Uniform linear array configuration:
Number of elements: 4
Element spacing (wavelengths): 0.5
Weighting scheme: uniform
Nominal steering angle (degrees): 60
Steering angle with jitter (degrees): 61.477
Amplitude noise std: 0.05
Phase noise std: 0.05

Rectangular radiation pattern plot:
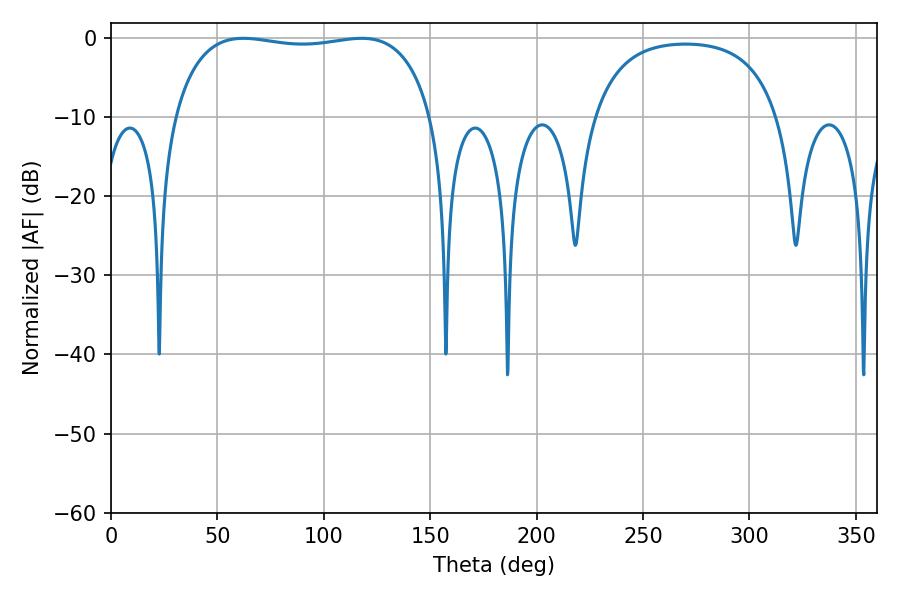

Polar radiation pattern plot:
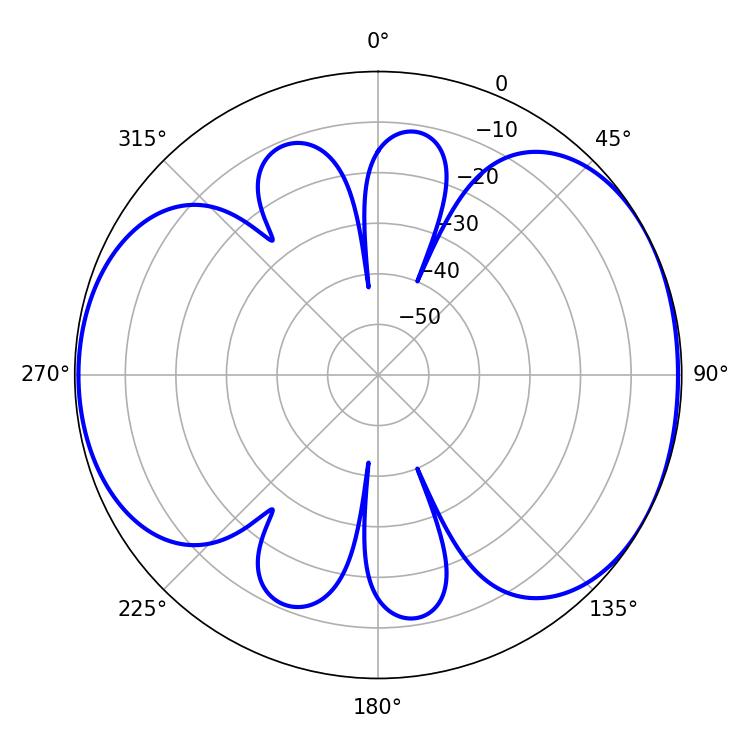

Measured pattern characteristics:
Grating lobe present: FALSE
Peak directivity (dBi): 5.371
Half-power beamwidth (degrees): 97.56
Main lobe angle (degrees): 62.28